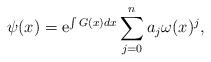
LaTeX: \begin{align*}\psi (x)={\rm e}^{\int G(x)dx}\sum\limits_{j=0}^{n}a_j\omega(x)^j,\end{align*}